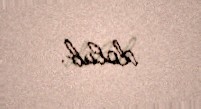
dolub.